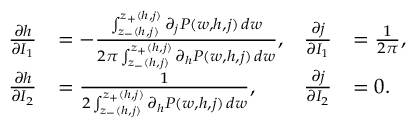
\begin{array} { r l r l } { \frac { \partial h } { \partial I _ { 1 } } } & { = - \frac { \int _ { z _ { - } ( h , j ) } ^ { z _ { + } ( h , j ) } \partial _ { j } P ( w , h , j ) \, d w } { 2 \pi \int _ { z _ { - } ( h , j ) } ^ { z _ { + } ( h , j ) } \partial _ { h } P ( w , h , j ) \, d w } , } & { \frac { \partial j } { \partial I _ { 1 } } } & { = \frac { 1 } { 2 \pi } , } \\ { \frac { \partial h } { \partial I _ { 2 } } } & { = \frac { 1 } { 2 \int _ { z _ { - } ( h , j ) } ^ { z _ { + } ( h , j ) } \partial _ { h } P ( w , h , j ) \, d w } , } & { \frac { \partial j } { \partial I _ { 2 } } } & { = 0 . } \end{array}